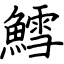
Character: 鱈